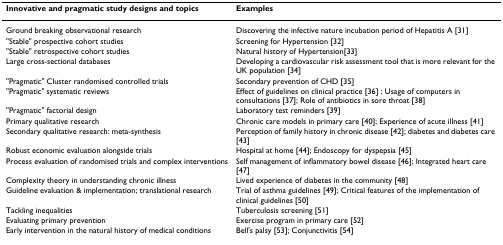
| Innovative and pragmatic study designs and topics | Examples |
 | --- | --- |
 | Ground breaking observational research | Discovering the infective nature incubation period of Hepatitis A [31] |
 | "Stable" prospective cohort studies | Screening for Hypertension [32] |
 | "Stable" retrospective cohort studies | Natural history of Hypertension[33] |
 | Large cross-sectional databases | Developing a cardiovascular risk assessment tool that is more relevant for the UK population [34] |
 | "Pragmatic" Cluster randomised controlled trials | Secondary prevention of CHD [35] |
 | "Pragmatic" systematic reviews | Effect of guidelines on clinical practice [36] ; Usage of computers in consultations [37]; Role of antibiotics in sore throat [38] |
 | "Pragmatic" factorial design | Laboratory test reminders [39] |
 | Primary qualitative research | Chronic care models in primary care [40]; Experience of acute illness [41] |
 | Secondary qualitative research: meta-synthesis | Perception of family history in chronic disease [42]; diabetes and diabetes care [43] |
 | Robust economic evaluation alongside trials | Hospital at home [44]; Endoscopy for dyspepsia [45] |
 | Process evaluation of randomised trials and complex interventions | Self management of inflammatory bowel disease [46]; Integrated heart care [47] |
 | Complexity theory in understanding chronic illness | Lived experience of diabetes in the community [48] |
 | Guideline evaluation & implementation; translational research | Trial of asthma guidelines [49]; Critical features of the implementation of clinical guidelines [50] |
 | Tackling inequalities | Tuberculosis screening [51] |
 | Evaluating primary prevention | Exercise program in primary care [52] |
 | Early intervention in the natural history of medical conditions | Bell's palsy [53]; Conjunctivitis [54] |